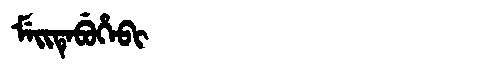
Manchu: ᠮᡝᡳᡨᡝᠪᡠᡥᡝᠪᡳ
Romanization: MEITEBUHEBI